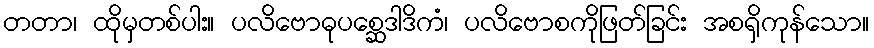
တတာ၊ ထိုမှတစ်ပါး။ ပလိဗောဓုပစ္ဆေဒါဒိကံ၊ ပလိဗောစကိုဖြတ်ခြင်း အစရှိကုန်သော။